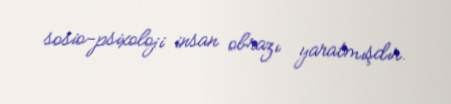
sosio-psixoloji insan obrazı yaratmışdır.